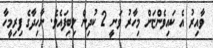
ވާއިރު އެ ކައިވެންޏަށް މިހާރު ވަނީ 2 ކުދިން ލިބިފައެވެ. ނާހިދާގެ ފިރިމީހާ